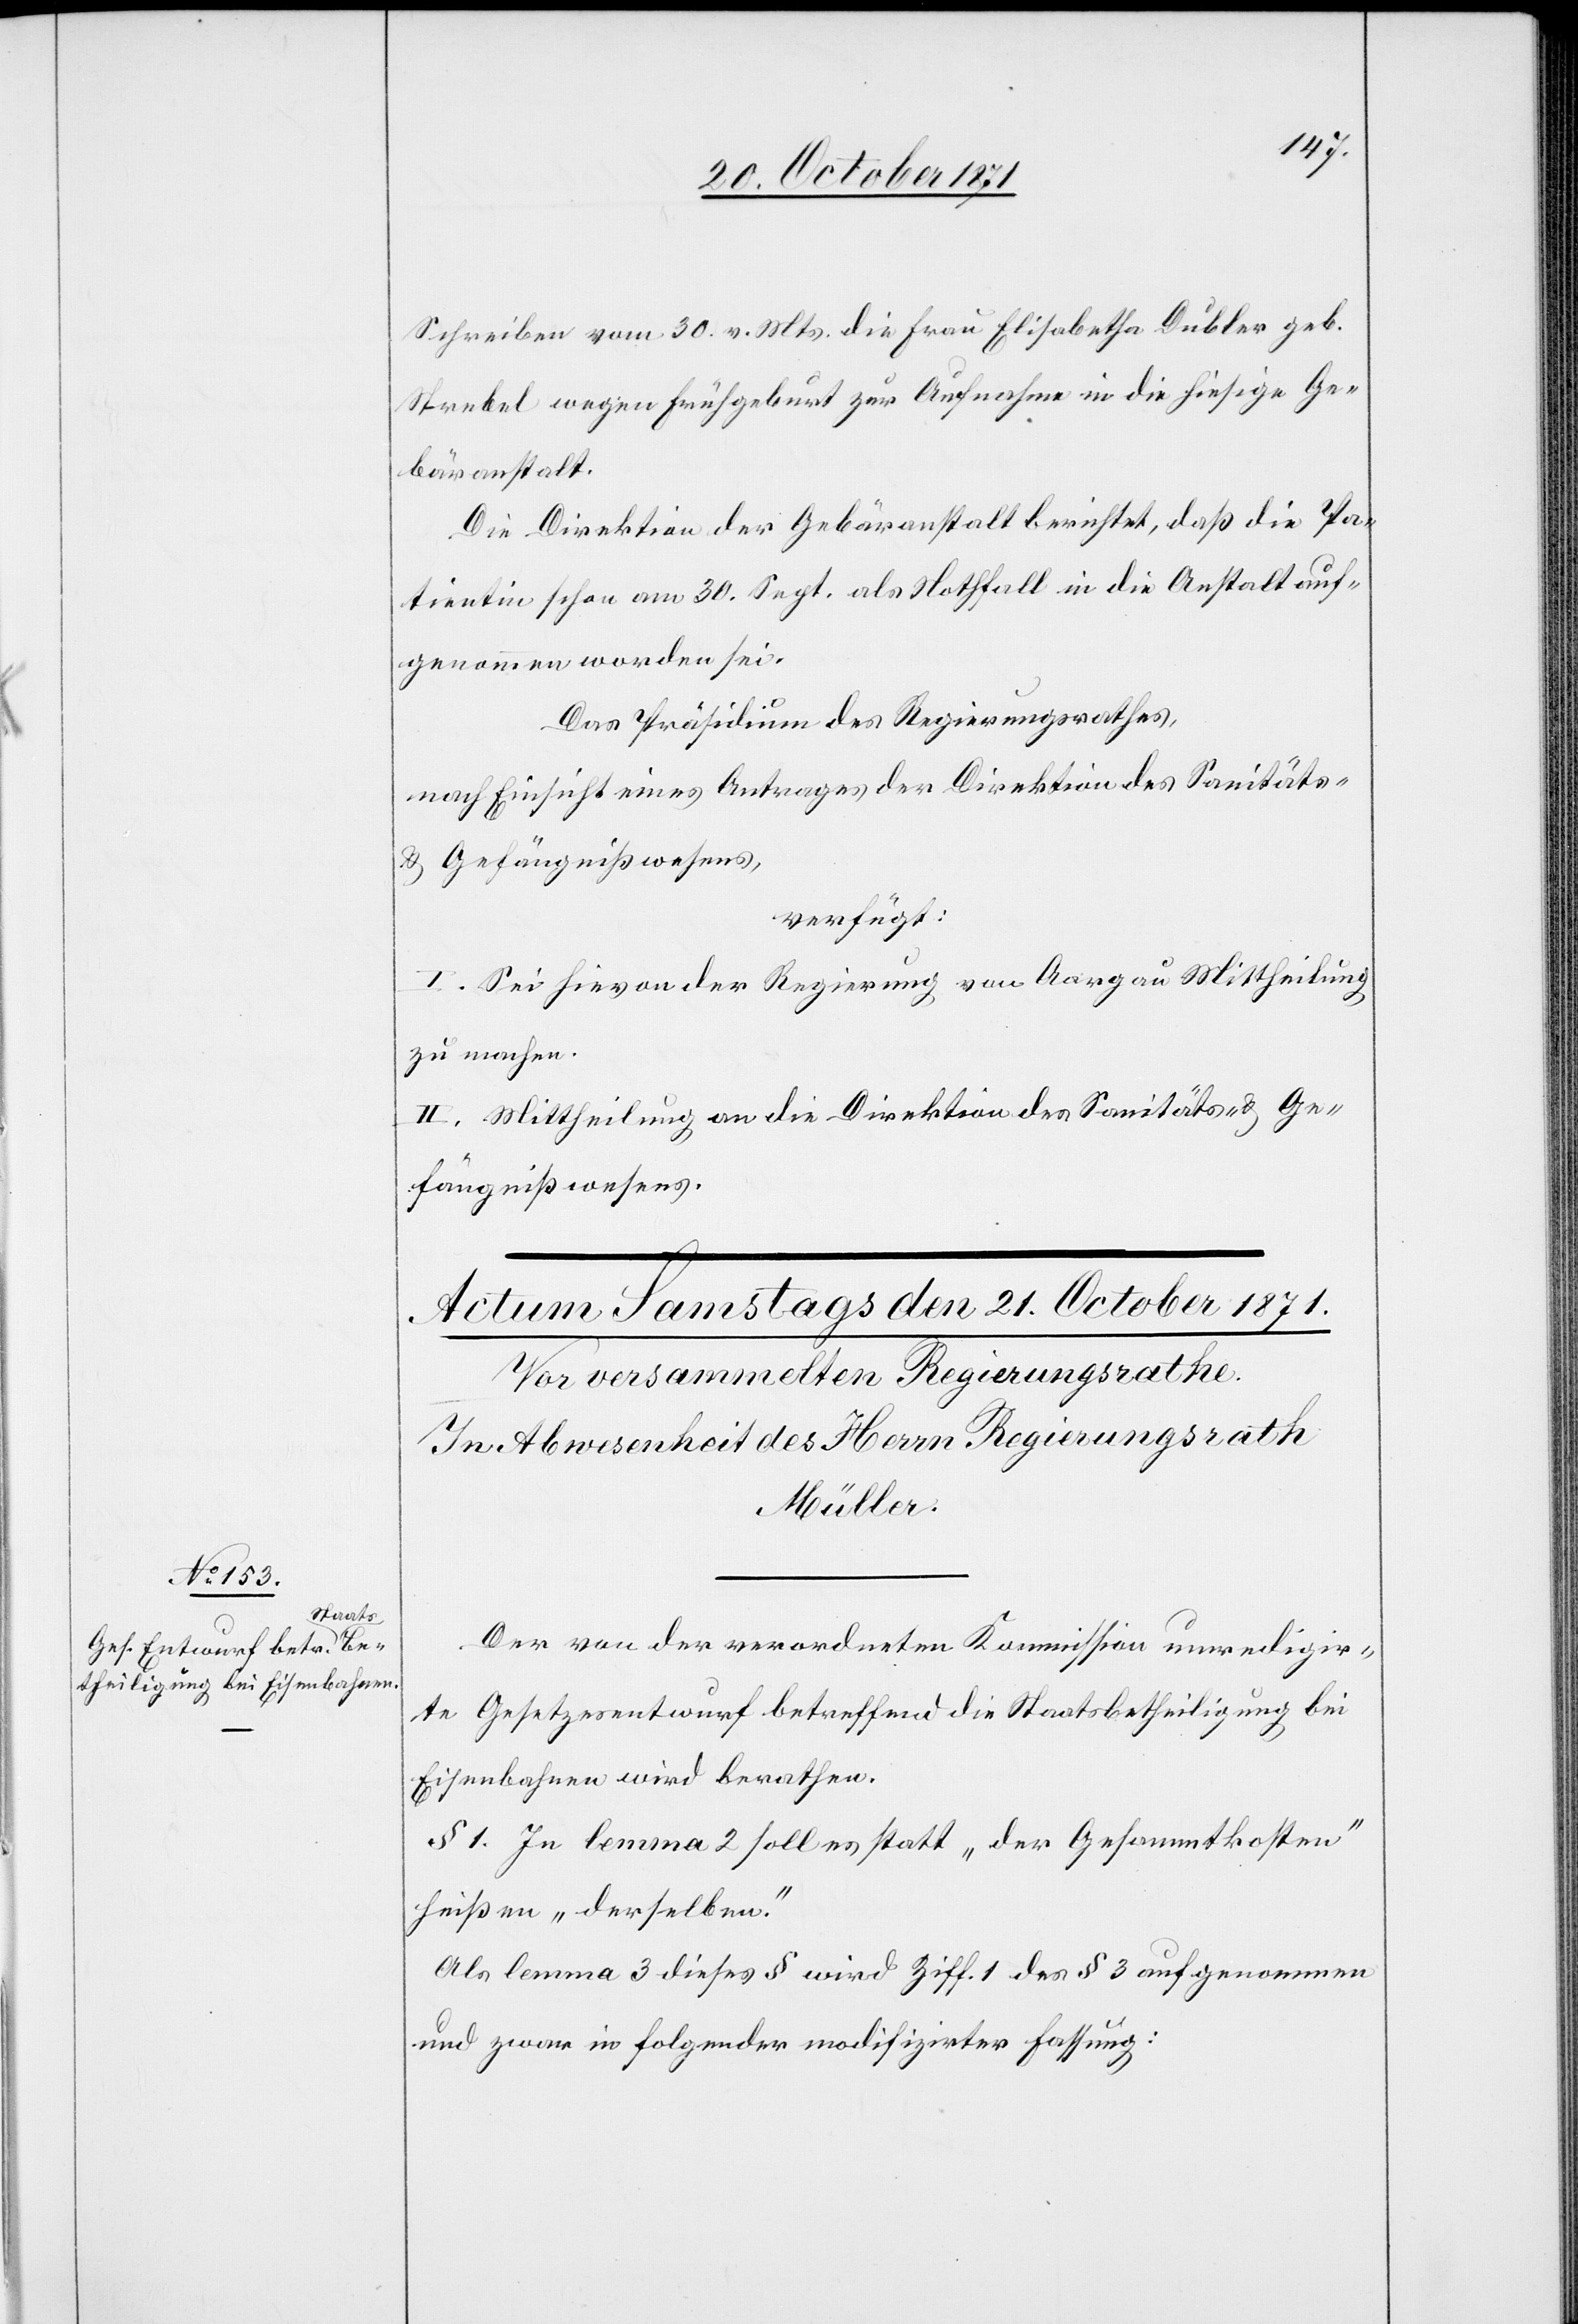
Schreiben vom 30. v. Mts. die Frau Elisabetha Dubler geb.
Strebel wegen Frühgeburt zur Aufnahme in die hiesige Ge¬
bäranstalt.
Die Direktion der Gebäranstalt berichtet, daß die Pa¬
tientin schon am 30. Sept. als Nothfall in die Anstalt auf¬
genommen worden sei.
Das Präsidium des Regierungsrathes,
nach Einsicht eines Antrages der Direktion des Sanitäts-
& Gefängnißwesens,
verfügt:
I. Sei hievon der Regierung von Aargau Mittheilung
zu machen.
II. Mittheilung an die Direktion des Sanitäts- & Ge¬
fängnißwesens.
Der von der verordneten Kommission umredigir¬
te Gesetzesentwurf betreffend die Staatsbetheiligung bei
Eisenbahnen wird berathen.
§ 1. In lemma 2 soll es statt „der Gesammtkosten“
heissen „derselben.“
Als lemma 3 dieses § wird Ziff. 1 des § 3 aufgenommen
und zwar in folgender modifizirter Fassung: